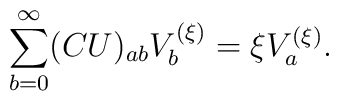
\sum_{b=0}^{\infty}(CU)_{ab}V_b^{(\xi)}=\xi V_{a}^{(\xi)}.